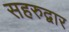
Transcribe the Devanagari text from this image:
सहरुद्वार